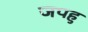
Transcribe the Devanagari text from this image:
जपहु